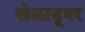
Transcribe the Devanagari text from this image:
खेळाडूवर